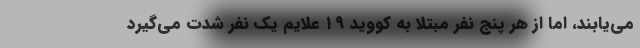
می‌یابند، اما از هر پنج نفر مبتلا به کووید ۱۹ علایم یک نفر شدت می‌گیرد